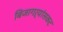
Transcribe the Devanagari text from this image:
बिजागऱ्यांसकट